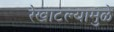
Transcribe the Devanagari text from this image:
रेखाटल्यामुळे